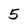
Character: 5